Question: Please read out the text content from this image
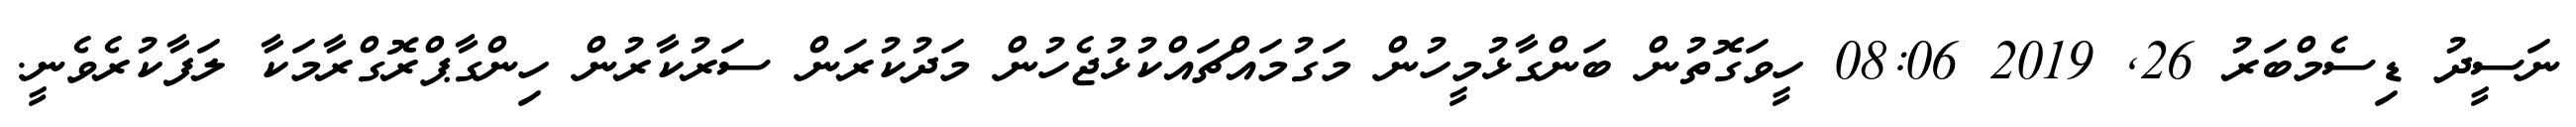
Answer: ނަސީދު ޑިސެމްބަރު 26, 2019 08:06 ހީވަގޮތުން ބަންގާޅުމީހުން މަގުމައްޗައްކުޅުޖެހުން މަދުކުރަން ސަރުކާރުން ހިންގާޕްރޮގްރާމަކާ ލަފާކުރެވެނީ.